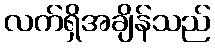
လက်ရှိအချိန်သည်